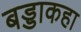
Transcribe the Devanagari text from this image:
बड्डाकहा